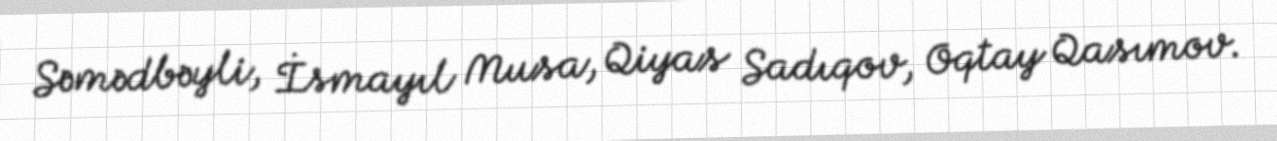
Səmədbəyli, İsmayıl Musa, Qiyas Sadıqov, Oqtay Qasımov.